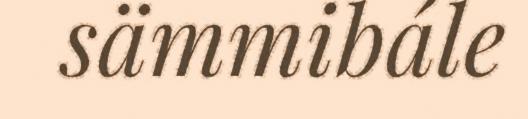
sämmibále